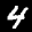
Label: 4